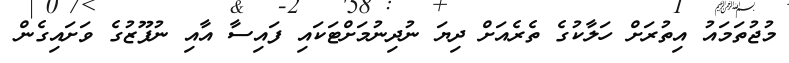
މުޖުތަމައު އިތުރަށް ހަލާކުގެ ތެރެއަށް ދިޔަ ނުދިނުމަށްޓަކައި ފައިސާ އާއި ނުފޫޒުގެ ވަށައިގެން